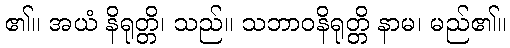
၏။ အယံ နိရုတ္တိ၊ သည်။ သဘာဝနိရုတ္တိ နာမ၊ မည်၏။